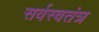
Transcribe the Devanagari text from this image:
सर्वस्वतंत्र